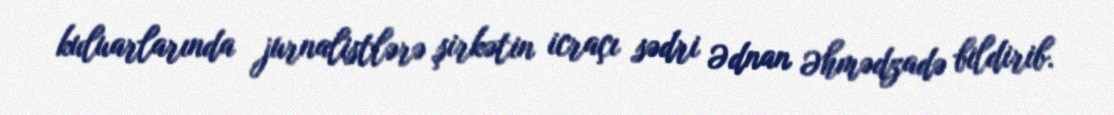
kuluarlarında jurnalistlərə şirkətin icraçı sədri Ədnan Əhmədzadə bildirib.